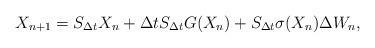
LaTeX: \begin{align*}X_{n+1}=S_{\Delta t}X_n+\Delta tS_{\Delta t}G(X_n)+S_{\Delta t} \sigma(X_n) \Delta W_n,\end{align*}